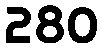
280